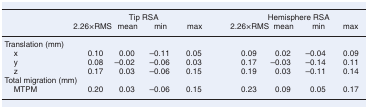
<table><thead><tr><td rowspan="2"></td><td colspan="4"><b>Tip RSA</b></td><td colspan="4"><b>Hemisphere RSA</b></td></tr><tr><td><b>2.26 × RMS</b></td><td><b>mean</b></td><td><b>min</b></td><td><b>max</b></td><td><b>2.26 × RMS</b></td><td><b>mean</b></td><td><b>min</b></td><td><b>max</b></td></tr></thead><tbody><tr><td>Translation (mm)</td><td></td><td></td><td></td><td></td><td></td><td></td><td></td><td></td></tr><tr><td> x</td><td>0.10</td><td>0.00</td><td>–0.11</td><td>0.05</td><td>0.09</td><td>0.02</td><td>–0.04</td><td>0.09</td></tr><tr><td> y</td><td>0.08</td><td>–0.02</td><td>–0.06</td><td>0.03</td><td>0.17</td><td>–0.03</td><td>–0.14</td><td>0.11</td></tr><tr><td> z</td><td>0.17</td><td>0.03</td><td>–0.06</td><td>0.15</td><td>0.19</td><td>0.03</td><td>–0.11</td><td>0.14</td></tr><tr><td>Total migration (mm)</td><td></td><td></td><td></td><td></td><td></td><td></td><td></td><td></td></tr><tr><td> MTPM</td><td>0.20</td><td>0.03</td><td>–0.06</td><td>0.15</td><td>0.23</td><td>0.09</td><td>0.05</td><td>0.17</td></tr></tbody></table>